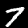
Label: 7